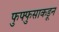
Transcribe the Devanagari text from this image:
फुफ्फुसाकडून